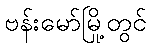
ဗန်းမော်မြို့တွင်